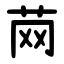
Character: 䒽